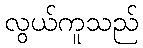
လွယ်ကူသည်